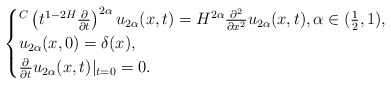
\begin{align*}\begin{cases}{}^C\left(t^{1-2H}\frac{\partial}{\partial t}\right)^{2\alpha} u_{2\alpha}(x,t)= H^{2\alpha}\frac{\partial^2}{\partial x^2}u_{2\alpha}(x,t),\alpha \in (\frac{1}{2},1),\\u_{2\alpha}(x,0)=\delta(x),\\\frac{\partial}{\partial t}u_{2\alpha}(x,t)|_{t=0}= 0.\end{cases}\end{align*}